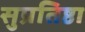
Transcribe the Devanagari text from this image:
सुप्रतिष्ठा